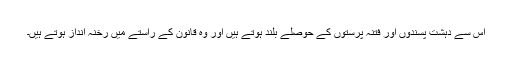
اس سے دہشت پسندوں اور فتنہ پرستوں کے حوصلے بلند ہوتے ہیں اور وہ قانون کے راستے میں رخنہ انداز ہوتے ہیں۔